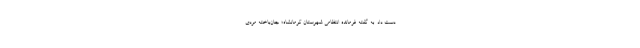
دست داد. به گفته فرمانده انتظامی شهرستان کرمانشاه؛ جان‌باخته مردی